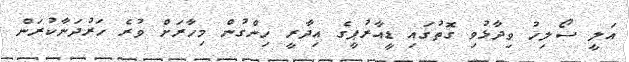
އަލީ ސޯލިހު ވިދާޅުވި ގޮތުގައި ޑީއާރުޕީގެ އިދާރީ ހިންގުން މިހާރަށް ވުރެ ހަރުދަނާކުރަން